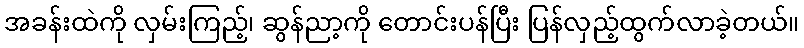
အခန်းထဲကို လှမ်းကြည့်၊ ဆွန်ညာ့ကို တောင်းပန်ပြီး ပြန်လှည့်ထွက်လာခဲ့တယ်။